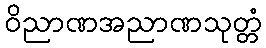
ဝိညာဏအညာဏသုတ္တံ